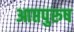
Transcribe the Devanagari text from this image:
आप्तपुरुष